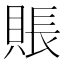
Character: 賬